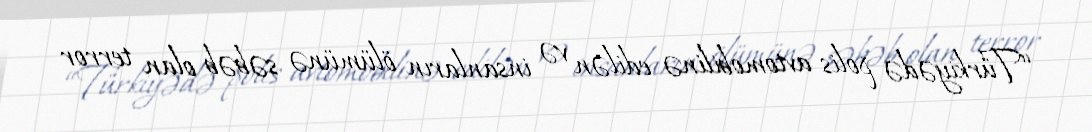
“Türkiyədə polis avtomobilinə edilən və insanların ölümünə səbəb olan terror